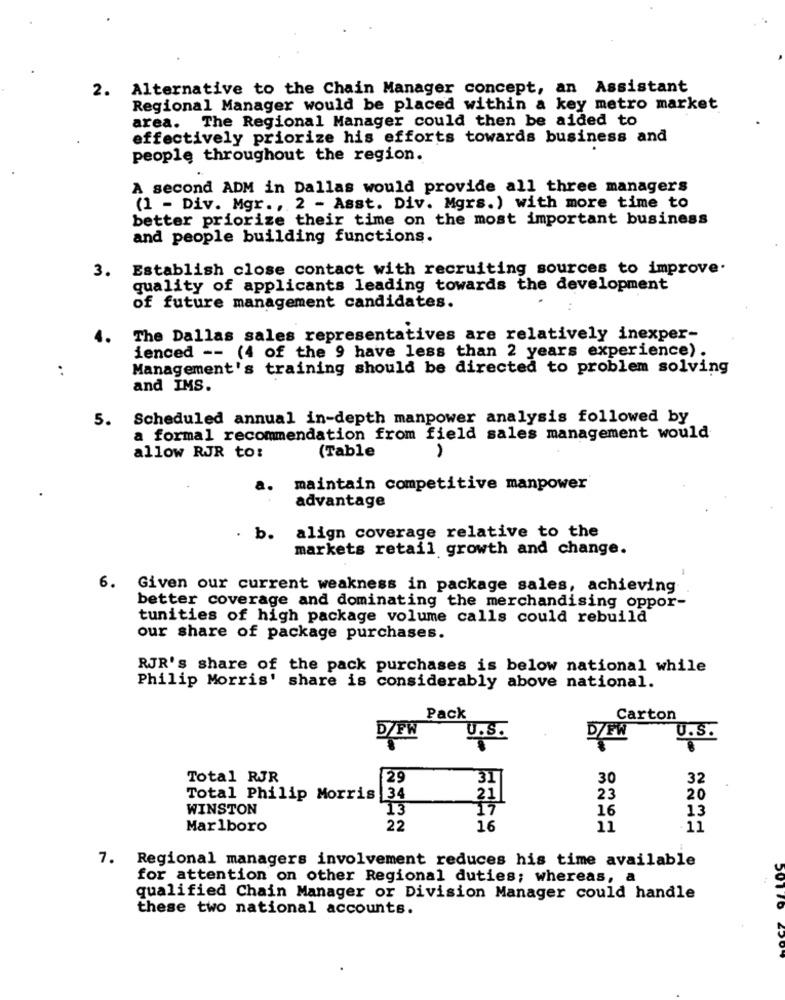
2. Alternative to the Chain Manager concept, an Assistant
Regional Manager would be placed within a key metro market
area. The Regional Manager could then be aided to
effectively priorize his efforts towards business and
people throughout the region.
A second ADM in Dallas would provide all three managers
(1 - Div. Mgr ., 2 - Asst. Div. Mgrs.) with more time to
better priorize their time on the most important business
and people building functions.
3. Establish close contact with recruiting sources to improve.
quality of applicants leading towards the development
of future management candidates.
The Dallas sales representatives are relatively inexper-
ienced -- (4 of the 9 have less than 2 years experience).
Management's training should be directed to problem solving
..
and IMS.
5.
Scheduled annual in-depth manpower analysis followed by
a formal recommendation from field sales management would
(Table
allow RJR to:
a.
maintain competitive manpower
advantage
. b. align coverage relative to the
markets retail growth and change.
6. Given our current weakness in package sales, achieving
better coverage and dominating the merchandising oppor-
tunities of high package volume calls could rebuild
our share of package purchases.
RJR's share of the pack purchases is below national while
Philip Morris' share is considerably above national.
Pack
Carton
U.S.
D/FW
U.S.
Total RJR
29
30
32
31
Total Philip Morris 34
21|
23
20
WINSTON
13
16
13
Marlboro
22
16
11
7. Regional managers involvement reduces his time available
for attention on other Regional duties; whereas, a
qualified Chain Manager or Division Manager could handle
these two national accounts.